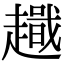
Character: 𧽫